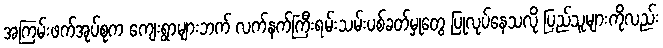
အကြမ်းဖက်အုပ်စုက ကျေးရွာများဘက် လက်နက်ကြီးရမ်းသမ်းပစ်ခတ်မှုတွေ ပြုလုပ်နေသလို ပြည်သူများကိုလည်း